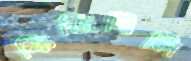
ফিজিবিলি